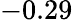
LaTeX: -0.29